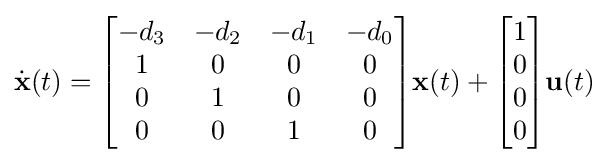
{\dot {\textbf {x}}}(t)={\begin{bmatrix}-d_{3}&-d_{2}&-d_{1}&-d_{0}\\1&0&0&0\\0&1&0&0\\0&0&1&0\end{bmatrix}}{\textbf {x}}(t)+{\begin{bmatrix}1\\0\\0\\0\\\end{bmatrix}}{\textbf {u}}(t)